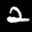
Label: 2